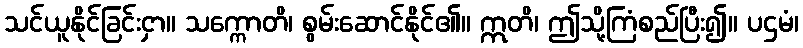
သင်ယူနိုင်ခြင်းငှာ။ သက္ကောတိ၊ စွမ်းဆောင်နိုင်၏။ ဣတိ၊ ဤသို့ကြံစည်ပြီး၍။ ပဌမံ၊